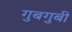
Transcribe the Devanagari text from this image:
गुबगुबी